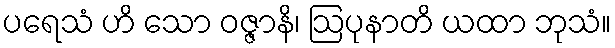
ပရေသံ ဟိ သော ဝဇ္ဇာနိ၊ ဩပုနာတိ ယထာ ဘုသံ။